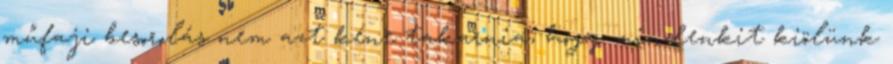
műfaji besorolás nem azt kéne takarnia, hogy mindenkit kiölünk